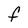
Character: F